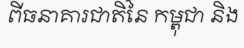
ពីធនាគារជាតិនៃ កម្ពុជា និង